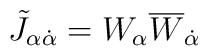
\tilde{J}_{\alpha\dot{\alpha}}=W_{\alpha}\overline{W}_{\dot{\alpha}}